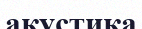
акустика